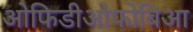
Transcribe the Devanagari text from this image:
ओफिडीओफोबिआ